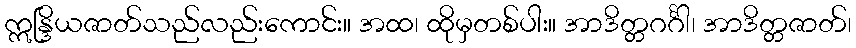
ဣန္ဒြိယဇာတ်သည်လည်းကောင်း။ အထ၊ ထိုမှတစ်ပါး။ အာဒိတ္တဂင်္ဂါ၊ အာဒိတ္တဇာတ်၊